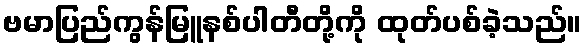
ဗမာပြည်ကွန်မြူနစ်ပါတီတို့ကို ထုတ်ပစ်ခဲ့သည်။